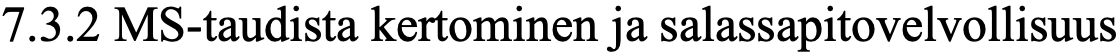
7.3.2 MS-taudista kertominen ja salassapitovelvollisuus